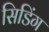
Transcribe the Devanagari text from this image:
सिडिंग